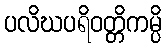
ပလိဃပရိဝတ္တိကမ္ပိ